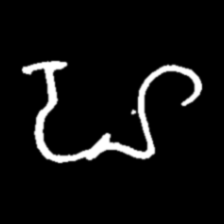
Pyu character \u2014 Myanmar letter: ဟ (romanized: ha)